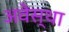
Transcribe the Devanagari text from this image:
अवेस्था